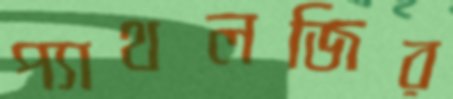
প্যাথলজির